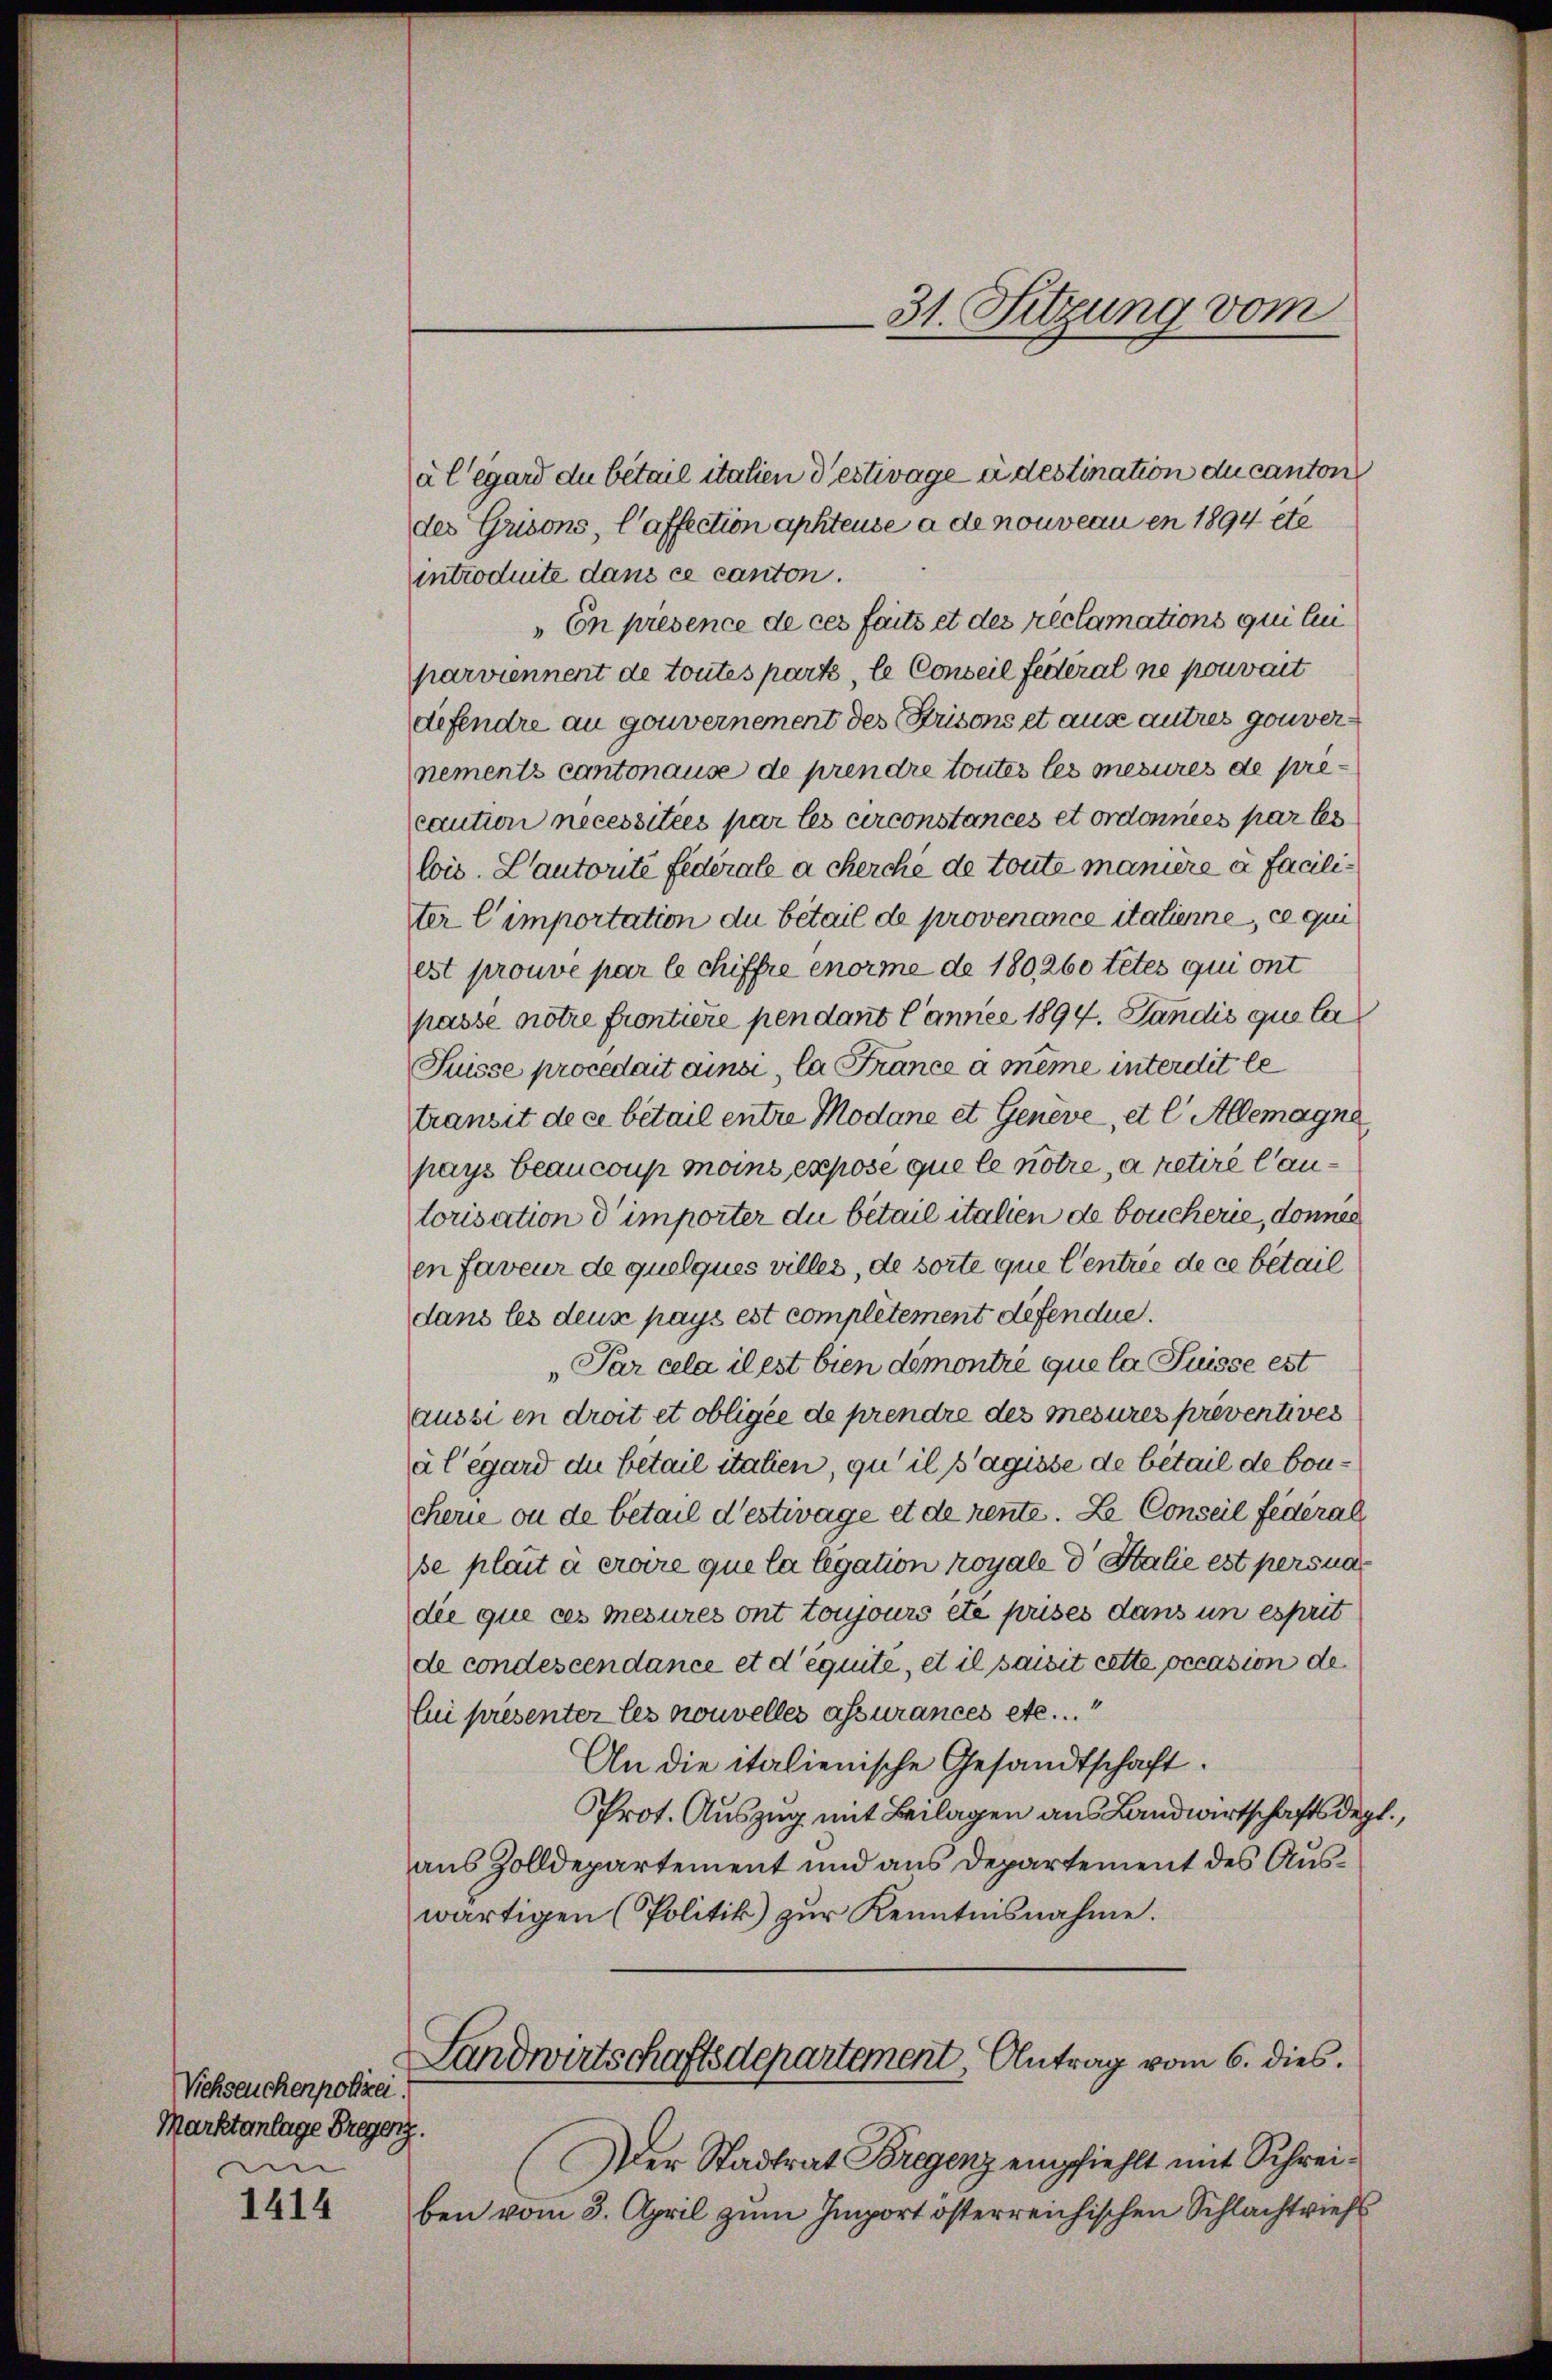
Viehseuchenpolizei.
Marktanlage Bregenz.
i

1414

a legard du bétail italien destivage à destination du canton
des Grisons, l’affection aphteuse a de nouveau en 1894 ete
introduite dans ce canton.
„En présence de ces faits et des reclamations qui lui
parviennent de toutes parts, le Conseil fédéral ne pouvait
defendre au gouvernement des Prisons et aus autres gouvernements cantonause de prendre toutes les mesures de pre
caution necessitées par les circonstances et ordonnées par les
lois. Cantorte federale a cherche de toute manière a faciliter l’importation du bétail de provenance italienne, ce qui
est prouve par le chiffre enorme de 180, 260 tetes qui ont
passe notre frontiere pendant l’anner 1894. Landis que la
Puisse procedait ainsi, la France a meine interdit le
transit de ce betail entre Modane et Geneve, et l. Allemagne
pays Beaucoup moins expose que le notre, à retire lautorisation d’importer du bétail italien de boucherie, donnes
en faveur de quelques villes, de sorte que Centrée de ce bétail
dans les deux pays est complétement défendue.
„Par cela il est bien demontré que la Suisse est
aussi en droit et obligée de prendre des mesures préventives
à l’égard die betail staten, qu’ il s’agisse de betail de bouchere ou de betail destivage et de rente. Le Conseil fédéral
be plait à croire que la legation royale d Italie est pers na
die que ces mesures ont toujours ête prises dans un esprit
de condescendance et d’équite, et il saisit cette occasion de
Eui presenter les nouvelles assurances etc.
An die italienische Gesandtschaft.
Prot. Auszug mit Beilagen aus Landwirtschaftsdept.,
aus Zolldepartement und aus Departement des Auswärtigen (Politik) zur Kenntnisnahme.
Landwirtschaftsdepartement, Antrag vom 6. dies.
Der Stadtrat Bregenz empfiehlt mit Schreiben vom 3. April zum Import österreichischen Schlachtrief

31. Sitzung vom